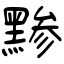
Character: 黪